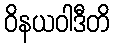
ဝိနယဝါဒီတိ